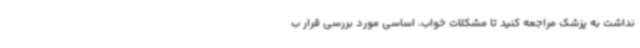
نداشت به پزشک مراجعه کنید تا مشکلات خواب، اساسی مورد بررسی قرار ب